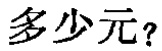
多少元？